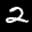
Label: 2